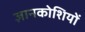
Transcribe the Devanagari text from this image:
ज्ञानकोशियों